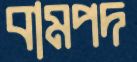
বামপদ